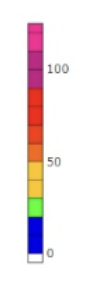
Blue: 0 to 20
Green: 20 to 30
Yellow: 30 to 50
Orange: 50 to 60
Dark Orange: 60 to 70
Red: 70 to 90
Magenta: 90 to 110
Pink: 110 to 115